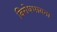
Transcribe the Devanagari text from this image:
विरोधभावना